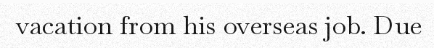
vacation from his overseas job. Due